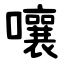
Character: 嚷